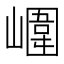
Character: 𡼱